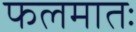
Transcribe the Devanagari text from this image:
फलमातः